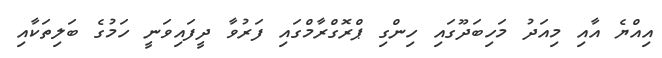
އިއްޔެ އާއި މިއަދު މަހިބަދޫގައި ހިންގި ޕްރޮގްރާމްގައި ފަރުވާ ދީފައިވަނީ ހަމުގެ ބަލިތަކާއި